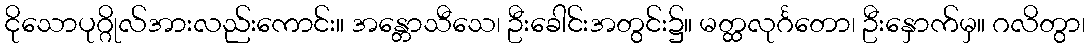
ငိုသောပုဂ္ဂိုလ်အားလည်းကောင်း။ အန္တောသီသေ၊ ဦးခေါင်းအတွင်း၌။ မတ္ထလုင်္ဂတော၊ ဦးနှောက်မှ။ ဂလိတွာ၊